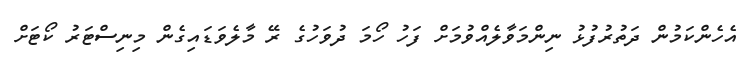
އެހެންކަމުން ދަތުރުފުޅު ނިންމަވާލެއްވުމަށް ފަހު ހޯމަ ދުވަހުގެ ރޭ މާލެވަޑައިގެން މިނިސްޓަރު ކޯޓަށް